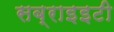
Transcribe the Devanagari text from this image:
सब्राइइटी